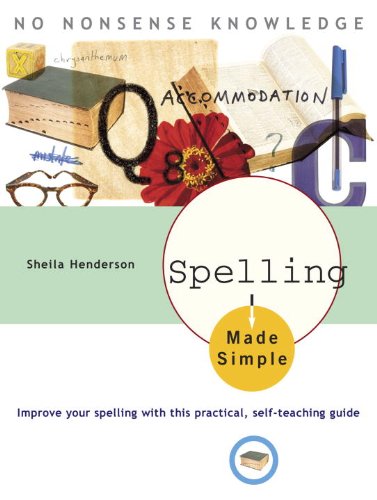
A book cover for Spelling Made Simple; Sheila Henderson; Reference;